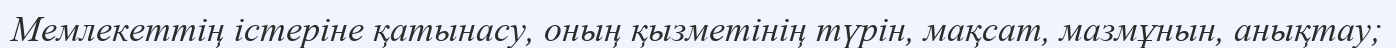
Мемлекеттің істеріне қатынасу, оның қызметінің түрін, мақсат, мазмұнын, анықтау;